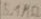
Text: 5.1Ω